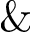
\&